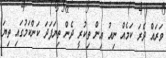
ވަރައް ދެރަ ކަމެއް ނިއު އިން ތިކުރީ ދެން ތިޔަފަދަ ކަންކަމުގައި ތިޔަ